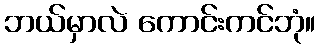
ဘယ်မှာလဲ ကောင်းကင်ဘုံ။